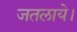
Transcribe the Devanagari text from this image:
जतलाये।